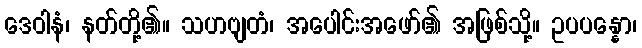
ဒေဝါနံ၊ နတ်တို့၏။ သဟဗျတံ၊ အပေါင်းအဖော်၏ အဖြစ်သို့။ ဥပပန္နော၊